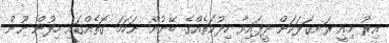
އިރު މިއީ ރަނގަޅަކަށް ދީފައިވާ ހިދުމަތެއްގެ ބޭނުން ނަހަމަ ގޮތެއްގައި ހިފުން ނޫން